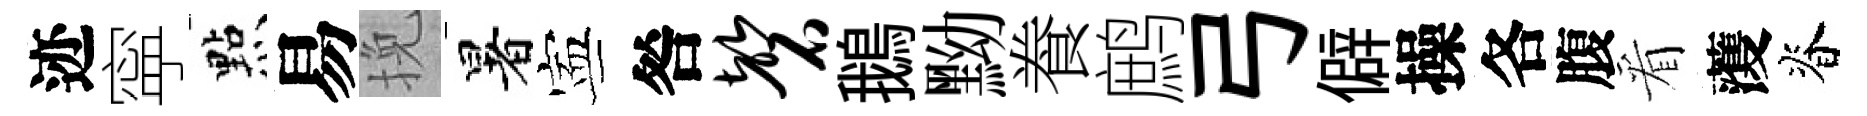
迹寜㸃易挽暑寕咎磬鵝黝飬鹧弓僻操各腹看𮑮脊